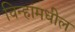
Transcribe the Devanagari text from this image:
चिन्हांमधील